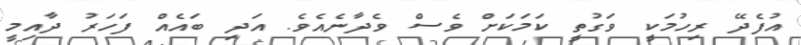
އުފެދޭ ރިހުމަކީ ވަގުތީ ކަމަކަށް ވެސް ވެދާނެއެވެ. އަދި ބައެއް ފަހަރު ދާއިމީ